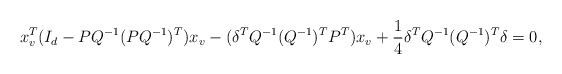
LaTeX: \begin{align*}x_v^T(I_d-PQ^{-1}(PQ^{-1})^T)x_v-(\delta^T Q^{-1}(Q^{-1})^T P^T)x_v+\frac{1}{4}\delta^T Q^{-1}(Q^{-1})^T\delta=0,\end{align*}